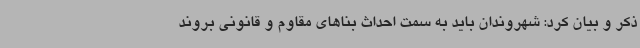
ذکر و بیان کرد: شهروندان باید به سمت احداث بناهای مقاوم و قانونی بروند